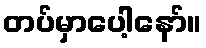
တပ်မှာပေါ့နော်။